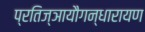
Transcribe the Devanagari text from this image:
प्रतिज्ञायौगन्धारायण